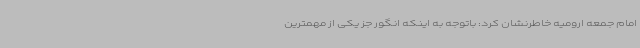
امام جمعه ارومیه خاطرنشان کرد: باتوجه به اینکه انگور جز یکی از مهمترین